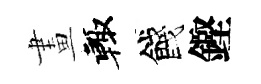
畫輙餞鏗